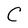
Character: C